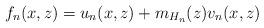
LaTeX: \begin{align*}f_n(x,z)=u_n(x,z)+m_{H_n}(z)v_n(x,z)\end{align*}